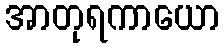
အာတုရကာယော